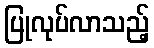
ပြုလုပ်လာသည့်